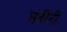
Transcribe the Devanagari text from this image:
लंदीनी